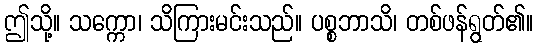
ဤသို့။ သက္ကော၊ သိကြားမင်းသည်။ ပစ္စဘာသိ၊ တစ်ဖန်ရွတ်၏။